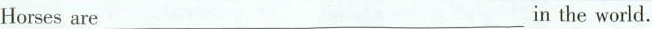
Horses are____in the world。